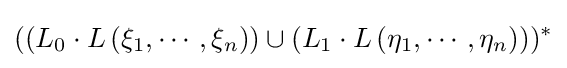
((L_{0}\cdot L\left(\xi _{1},\cdots ,\xi _{n}\right))\cup (L_{1}\cdot L\left(\eta _{1},\cdots ,\eta _{n}\right)))^{*}